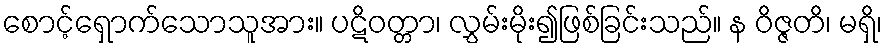
စောင့်ရှောက်သောသူအား။ ပဋိဝတ္တာ၊ လွှမ်းမိုး၍ဖြစ်ခြင်းသည်။ န ဝိဇ္ဇတိ၊ မရှိ၊